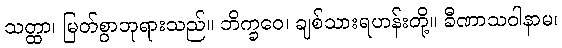
သတ္ထာ၊ မြတ်စွာဘုရားသည်။ ဘိက္ခဝေ၊ ချစ်သားရဟန်းတို့။ ခီဏာသဝါနာမ၊